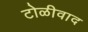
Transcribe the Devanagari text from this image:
टोळीवाद